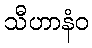
သီဟာနံဝ